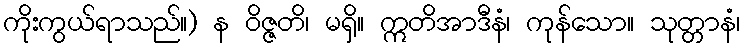
ကိုးကွယ်ရာသည်။) န ဝိဇ္ဇတိ၊ မရှိ။ ဣတိအာဒီနံ၊ ကုန်သော။ သုတ္တာနံ၊